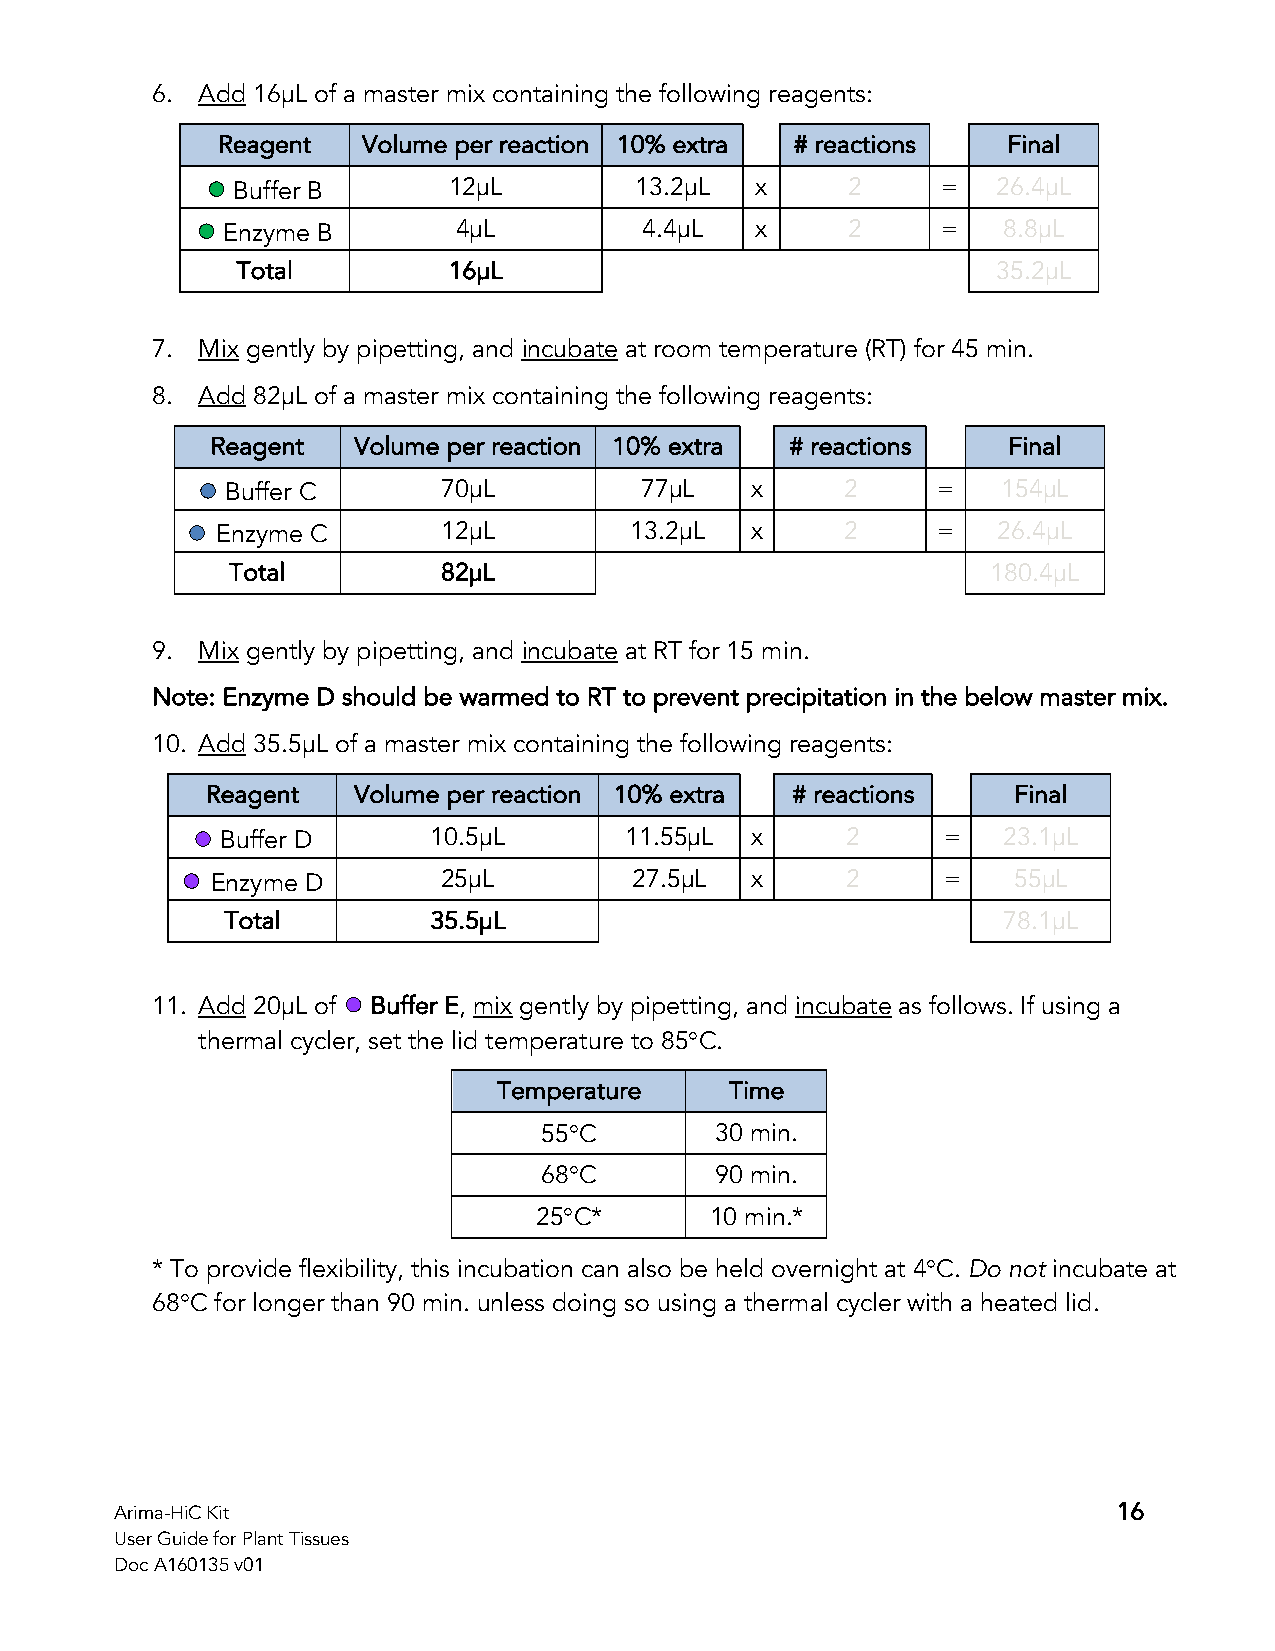
6. Add 16µL of a master mix containing the following reagents:
 Reagent   Volume per reaction 10% extra # reactions  Final
 Buffer B       12µL        13.2µL  x     2     =   26.4µL
 Enzyme B       4µL          4.4µL  x     2     =   8.8µL
 Total         16µL                                35.2µL
 7. Mix gently by pipetting, and incubate at room temperature (RT) for 45 min.
 8. Add 82µL of a master mix containing the following reagents:
 Reagent  Volume per reaction 10% extra # reactions   Final
 Buffer C      70µL         77µL    x     2     =   154µL
 Enzyme C       12µL         13.2µL  x     2     =   26.4µL
 Total         82µL                                 180.4µL
 9. Mix gently by pipetting, and incubate at RT for 15 min.
 Note: Enzyme D should be warmed to RT to prevent precipitation in the below master mix.
 10. Add 35.5µL of a master mix containing the following reagents:
 Reagent  Volume per reaction 10% extra # reactions   Final
 Buffer D     10.5µL       11.55µL  x     2     =   23.1µL
 Enzyme D       25µL         27.5µL  x     2     =    55µL
 Total         35.5µL                               78.1µL
 11. Add 20µL of Buffer E, mix gently by pipetting, and incubate as follows. If using a
 thermal cycler, set the lid temperature to 85°C.
 Temperature    Time
 55°C       30 min.
 68°C       90 min.
 25°C*       10 min.*
 * To provide flexibility, this incubation can also be held overnight at 4°C. Do not incubate at
 68°C for longer than 90 min. unless doing so using a thermal cycler with a heated lid.
 Arima-HiC Kit                                                     16
 User Guide for Plant Tissues
 Doc A160135 v01